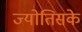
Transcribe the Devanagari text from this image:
ज्योतिसके